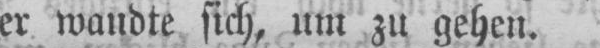
er wandte sich, um zu gehen.